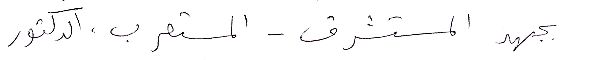
بجهد المستشرق - المستعرب، الدكتور